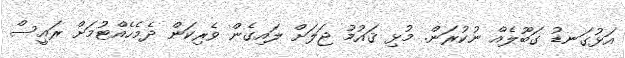
އަޅުގަނޑު ގަބޫލެއް ނުކުރަން. މުޅި ޤައުމު ޖަލަށް ލައިގެން ވެރިކަން ދެމެހެއްޓުމަށް ރައީސް